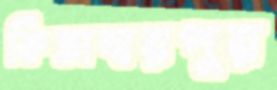
ফিতাম্বরপুর